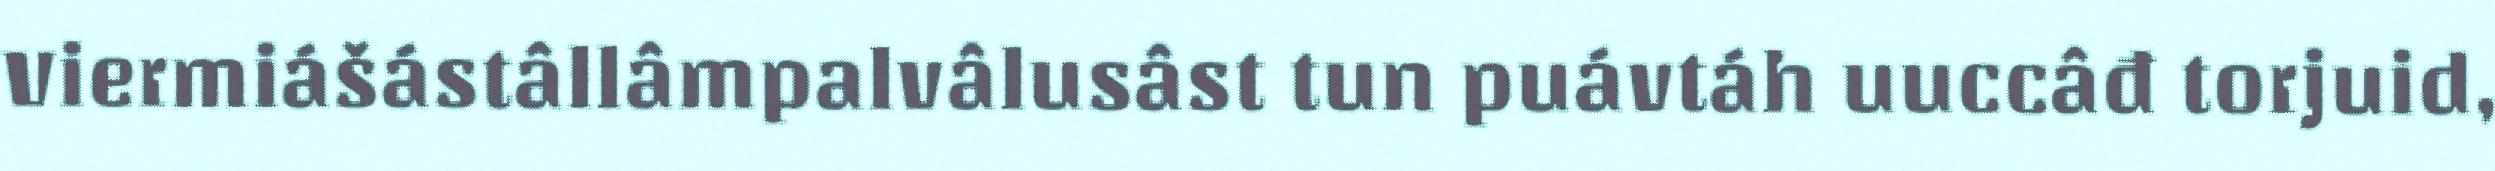
Viermiášástâllâmpalvâlusâst tun puávtáh uuccâđ torjuid,